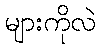
များကိုလဲ